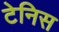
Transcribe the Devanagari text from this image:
टेनिस